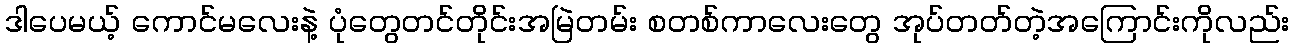
ဒါပေမယ့် ကောင်မလေးနဲ့ ပုံတွေတင်တိုင်းအမြဲတမ်း စတစ်ကာလေးတွေ အုပ်တတ်တဲ့အကြောင်းကိုလည်း